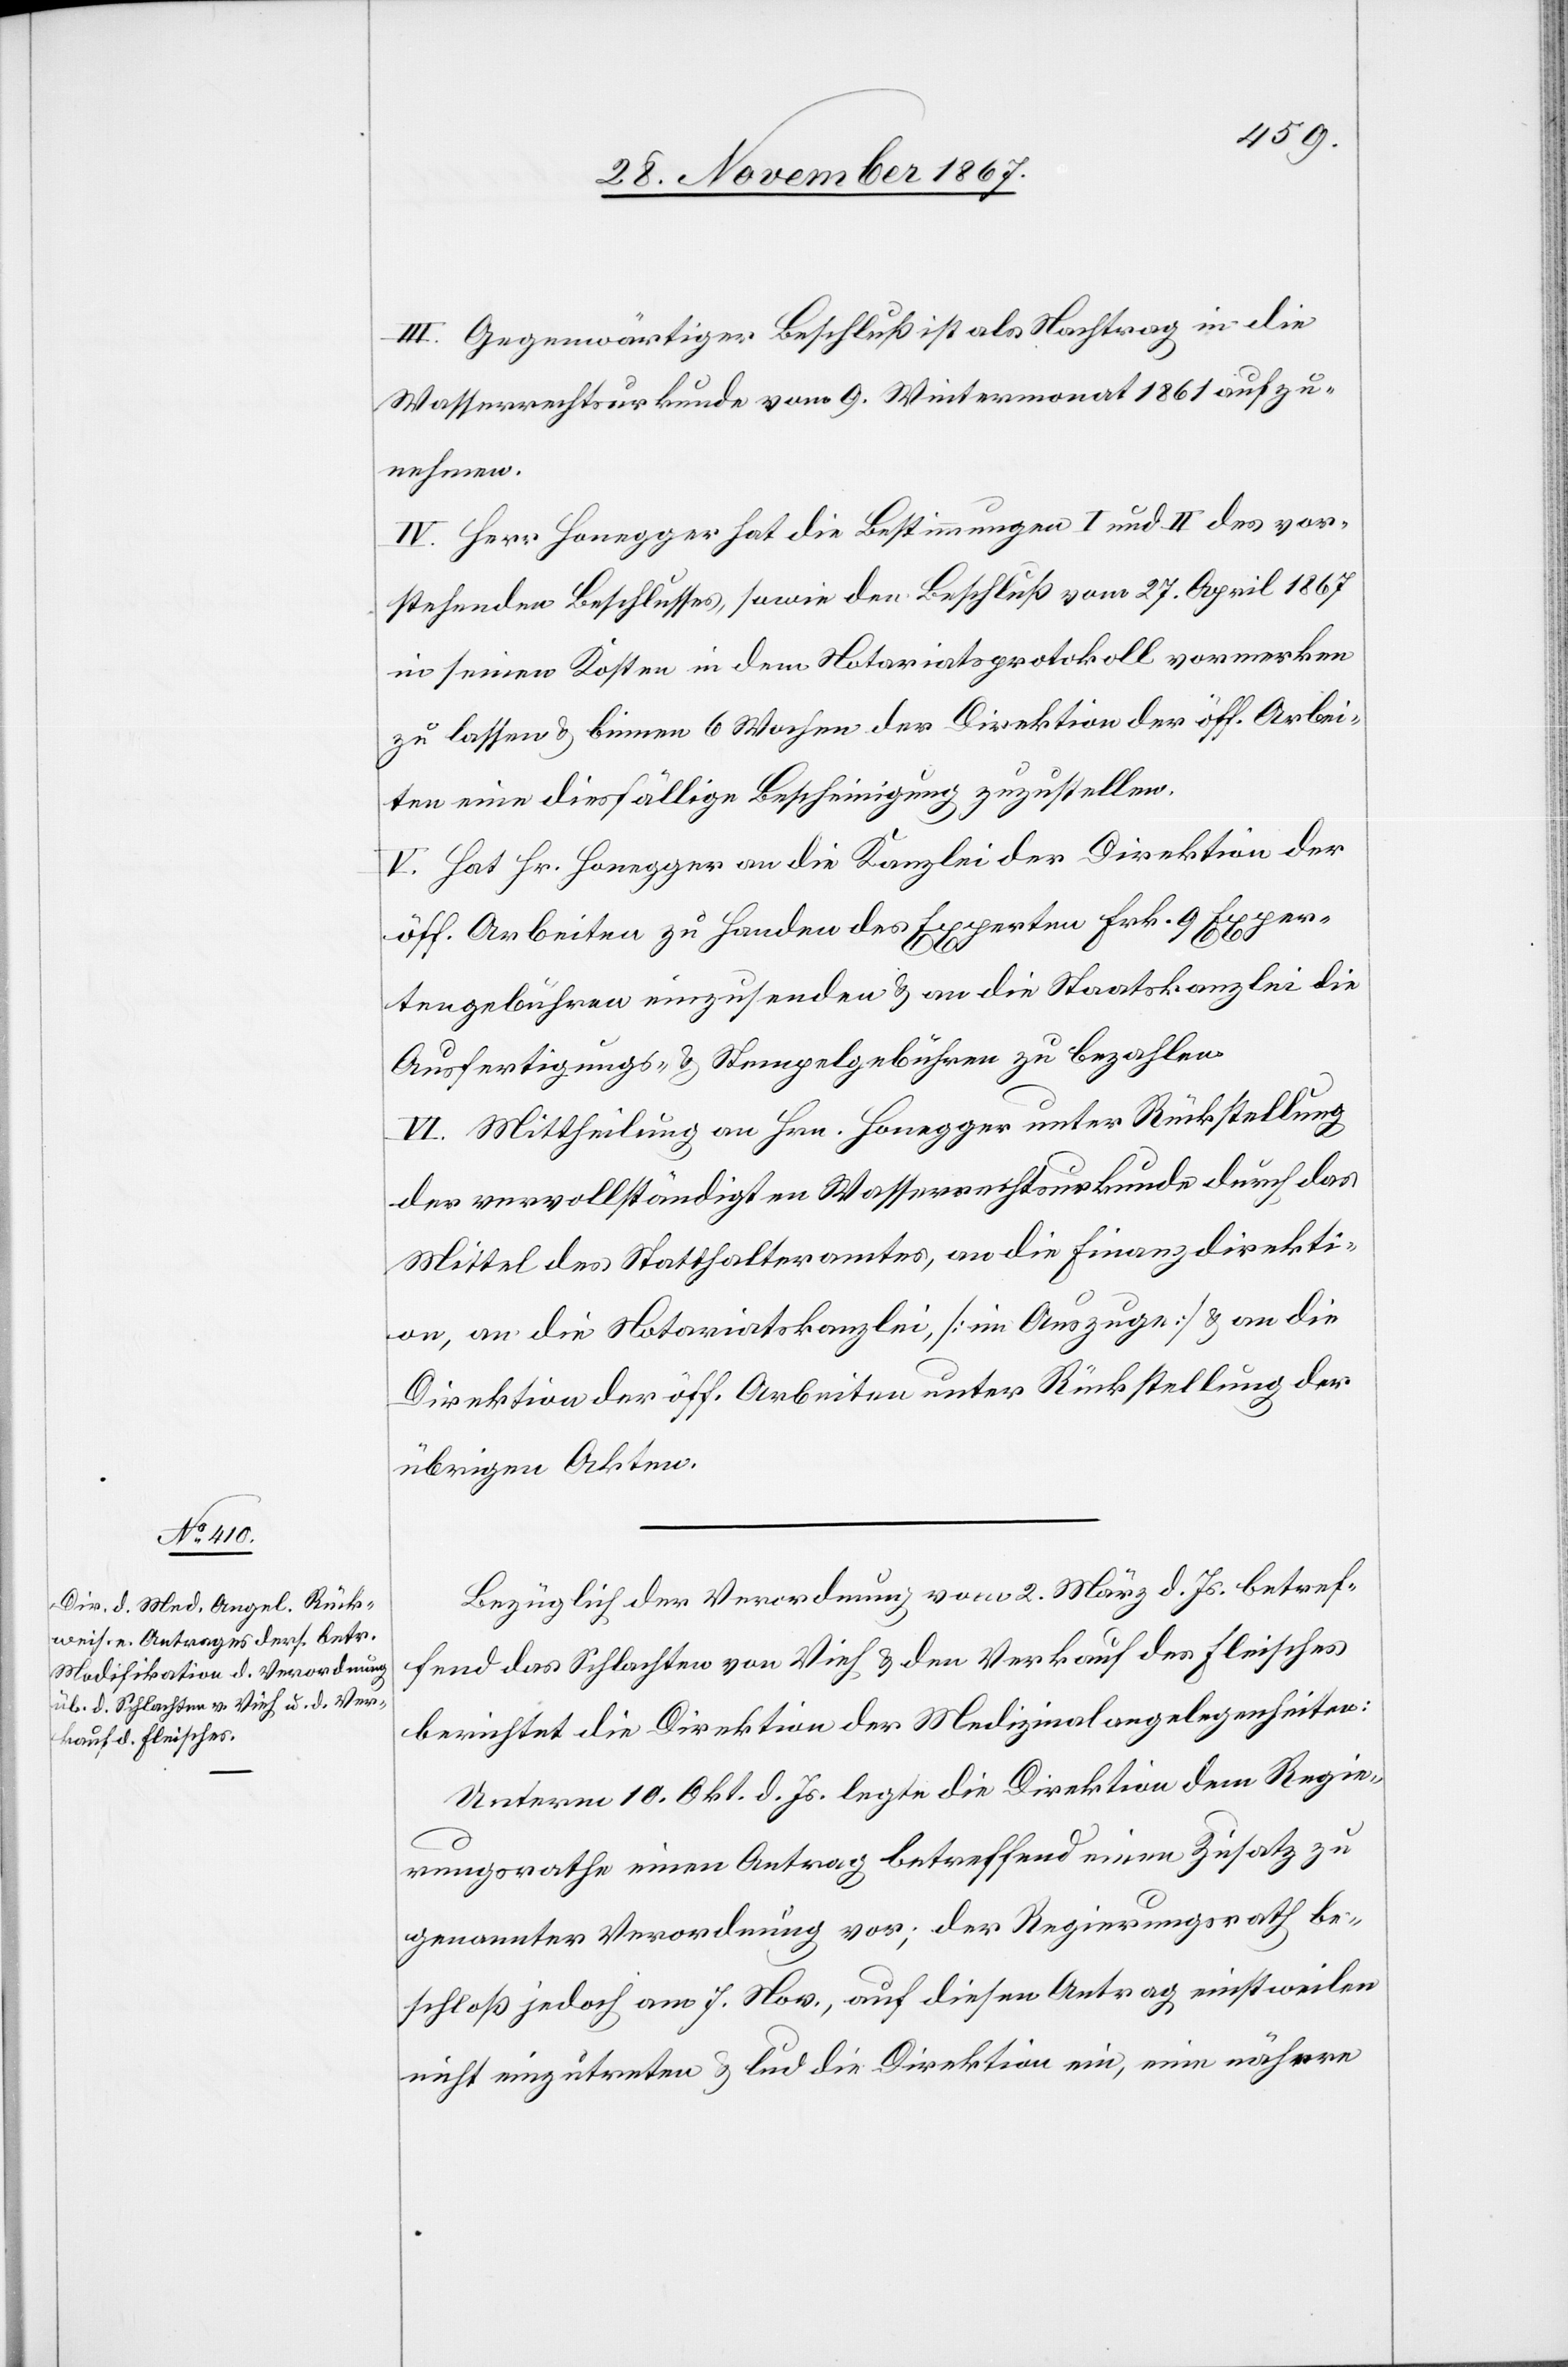
III. Gegenwärtiger Beschluß ist als Nachtrag in die
Wasserrechtsurkunde vom 9. Wintermonat 1861 aufzu¬
nehmen.
IV. Herr Honegger hat die Bestimmungen I und II des vor¬
stehenden Beschlusses, sowie den Beschluß vom 27. April 1867
in seinen Kosten in dem Notariatsprotokoll vormerken
zu lassen & binnen 6 Wochen der Direktion der öff. Arbei¬
ten eine diesfällige Bescheinigung zuzustellen.
V. Hat Hr. Honegger an die Kanzlei der Direktion der
öff. Arbeiten zu Handen des Experten Frk. 9 Exper¬
tengebühren einzusenden & an die Staatskanzlei die
Ausfertigungs- & Stempelgebühren zu bezahlen.
VI. Mittheilung an Hrn. Honegger unter Rückstellung
der vervollständigten Wasserrechtsurkunde durch das
Mittel des Statthalteramtes, an die Finanzdirekti¬
on, an die Notariatskanzlei, [im Auszuge] & an die
Direktion der öff. Arbeiten unter Rückstellung der
übrigen Akten.
Bezüglich der Verordnung vom 2. März d. Js. betref¬
fend das Schlachten von Vieh u. den Verkauf des Fleisches
berichtet die Direktion der Medizinalangelegenheiten:
Unterm 10. Okt. d. Js. legte die Direktion dem Regie¬
rungsrathe einen Antrag betreffend einen Zusatz zu
genannter Verordnung vor; der Regierungsrath be¬
schloß jedoch am 7. Nov., auf diesen Antrag einstweilen
nicht einzutreten u. lud die Direktion ein, eine nähere